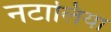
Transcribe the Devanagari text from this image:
नटालिया